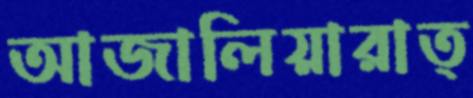
আজালিয়ারাত্